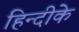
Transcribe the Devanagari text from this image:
हिन्दीके